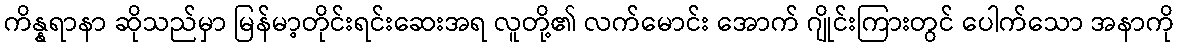
ကိန္နရာနာ ဆိုသည်မှာ မြန်မာ့တိုင်းရင်းဆေးအရ လူတို့၏ လက်မောင်း အောက် ဂျိုင်းကြားတွင် ပေါက်သော အနာကို